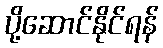
ပို့ဆောင်နိုင်ရန်